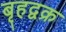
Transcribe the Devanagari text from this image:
बृहद्वक्र